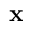
\mathbf { x }